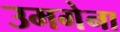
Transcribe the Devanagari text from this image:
उमगेना